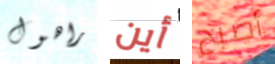
راهول أين أصبح